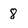
Character: 8